Papaver somniferum - Opium : an extract from the sixth volume of the Dictionary of Economic Products of India
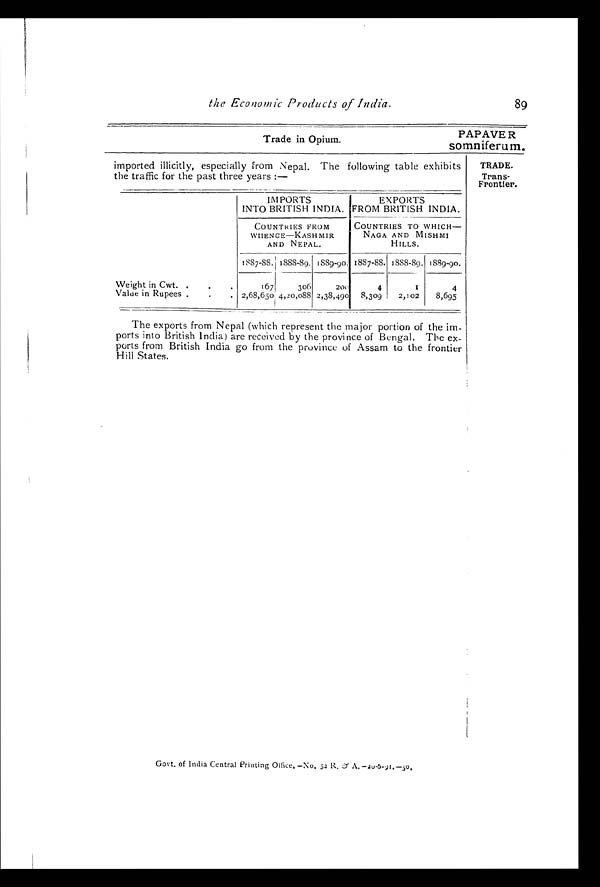
Trade in Opium.
PAPAVER
somniferum.
89
the Economic Products of India.
TRADE.
Trans-
Frontier.
imported illicitly, especially from Nepal. The following table exhibits
the traffic for the past three years :—
IMPORTS
INTO BRITISH INDIA.
EXPORTS
FROM BRITISH INDIA.
COUNTRIES FROM
WHENCE—KASHMIR
AND NEPAL.
COUNTRIES TO WHICH-
NAGA AND MISHMI
HILLS.
1887-88.
1 8 8 8 - 8 9 . 1889-90. 1887-88. 1888-89. 1889-90.
Weight in Cwt
167
306
200
4
1
4
Value in Rupees
2,68,650 4,20,088 2,38,490 8,309 2,102 8,695
The exports from Nepal (which represent the major portion of the im
-ports into British India) are received by the province of Bengal. The ex
- p o r t s f r o m B r i t i s h I n d i a g o f r o m t h e p r o v i n c e o f A s s a m t o t h e f r o n t i e r
Hill States.
Govt . of I ndi a Cent r al Pr i nt i ng Of f i ce. —No. 52 R. <i l l egi bl e>A. - 20- 6- 91. - 50.